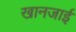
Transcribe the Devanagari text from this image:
खानजाई